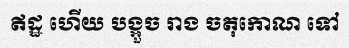
ឥដ្ឋ ហើយ បង្អួច រាង ចតុកោណ ទៅ